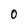
Character: 0